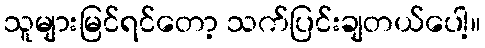
သူများမြင်ရင်တော့ သက်ပြင်းချတယ်ပေါ့။